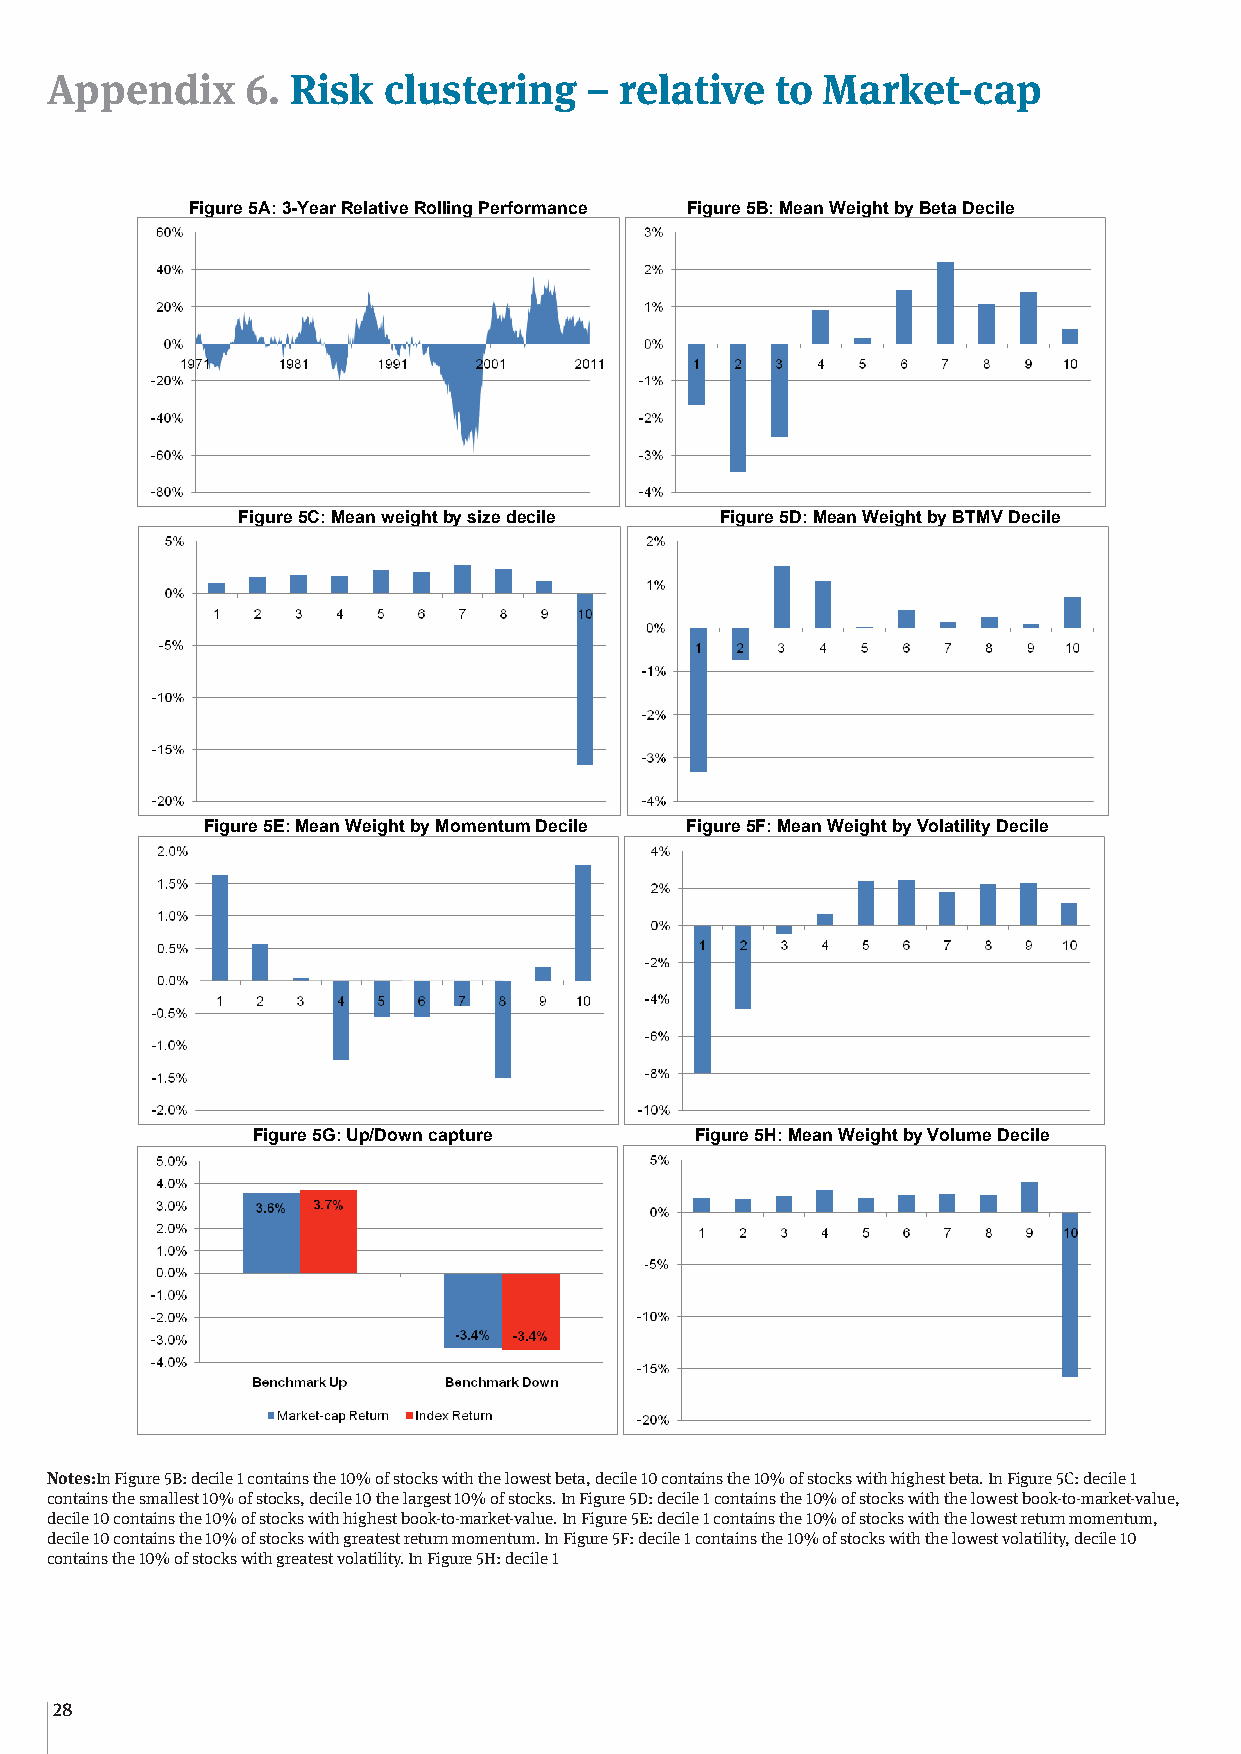
Appendix     6. Risk  clustering    – relative  to Market-cap
 Appendix 6: Risk clustering – relative to Market-cap
 Figure 5A: 3-Year Relative Rolling Performance Figure 5B: Mean Weight by Beta Decile
 Figure 5C: Mean weight by size decile Figure 5D: Mean Weight by BTMV Decile
 Figure 5E: Mean Weight by Momentum Decile Figure 5F: Mean Weight by Volatility Decile
 Figure 5G: Up/Down capture   Figure 5H: Mean Weight by Volume Decile
 Notes: In Figure 5B: decile 1 contains the 10% of stocks with the lowest beta, decile 10 contains the 10% of stocks with highest
 Notes:In Figure 5B: decile 1 contains the 10% of stocks with the lowest beta, decile 10 contains the 10% of stocks with highest beta. In Figure 5C: decile 1
 beta. In Figure 5C: decile 1 contains the smallest 10% of stocks, decile 10 the largest 10% of stocks. In Figure 5D: decile 1
 contains the smallest 10% of stocks, decile 10 the largest 10% of stocks. In Figure 5D: decile 1 contains the 10% of stocks with the lowest book-to-market-value,
 contains the 10% of stocks with the lowest book-to-market-value, decile 10 contains the 10% of stocks with highest book-to-
 decile 10 contains the 10% of stocks with highest book-to-market-value. In Figure 5E: decile 1 contains the 10% of stocks with the lowest return momentum,
 market-value. In Figure 5E: decile 1 contains the 10% of stocks with the lowest return momentum, decile 10 contains the 10%
 decile 10 contains the 10% of stocks with greatest return momentum. In Figure 5F: decile 1 contains the 10% of stocks with the lowest volatility, decile 10
 of stocks with greatest return momentum. In Figure 5F: decile 1 contains the 10% of stocks with the lowest volatility, decile 10
 contains the 10% of stocks with greatest volatility. In Figure 5H: decile 1
 contains the 10% of stocks with greatest volatility. In Figure 5H: decile 1 contains the 10% of stocks with the lowest traded
 volume, decile 10 contains the 10% of stocks with greatest traded volume.
 38
 28